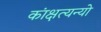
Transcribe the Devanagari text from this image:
कांक्षत्यन्यो